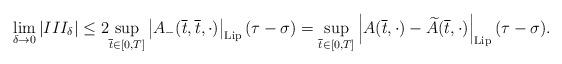
LaTeX: \begin{align*}\underset{\delta\rightarrow0}{\lim}\left|III_{\delta}\right|\leq2\underset{\overline{t}\in[0,T]}{\sup}\left|A_{-}(\overline{t},\overline{t},\cdot)\right|_{\mathrm{Lip}}(\tau-\sigma)=\underset{\overline{t}\in[0,T]}{\sup}\left|A(\overline{t},\cdot)-\widetilde{A}(\overline{t},\cdot)\right|_{\mathrm{Lip}}(\tau-\sigma).\end{align*}